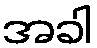
အခါ